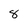
Character: 8